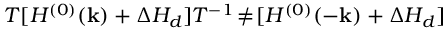
{ \cal T } [ H ^ { ( 0 ) } ( { \bf k } ) + \Delta H _ { d } ] { \cal T } ^ { - 1 } \! \neq \! [ H ^ { ( 0 ) } ( - { \bf k } ) + \Delta H _ { d } ]